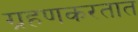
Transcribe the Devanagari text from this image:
ग्रहणकरतात